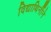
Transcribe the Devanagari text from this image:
विद्याथिर्नीने